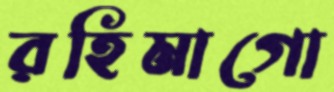
রহিমাগো